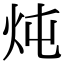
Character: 炖